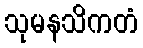
သုမနသိကတံ